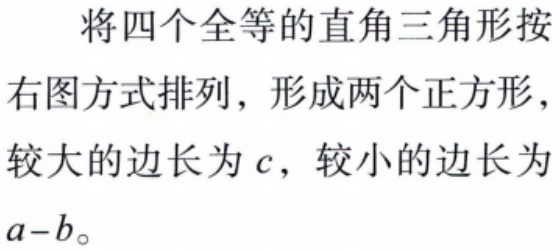
将四个全等的直角三角形按右图方式排列，形成两个正方形，较大的边长为 \(c\)，较小的边长为 \(a - b\)。